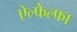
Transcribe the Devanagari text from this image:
ऐल्फेल्फा